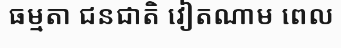
ធម្មតា ជនជាតិ វៀតណាម ពេល